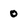
Character: o